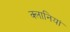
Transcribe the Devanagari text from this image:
क्लानियां